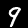
Label: 9